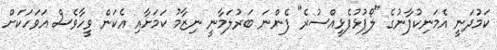
ކަމުދަނީ އެމަނިކުފާނުގެ "ލޯފުޅުފެޅީއްސުރެ" ފެންނަ ބަރުލަމާނީ ނިޒާމު ކަމަށާއި އެކަން ވީހާވެސް އަވަހަކަށް